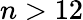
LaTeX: n>12